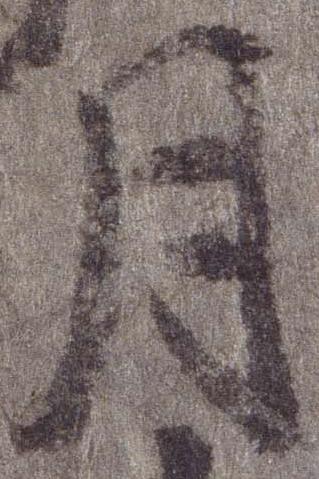
月